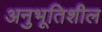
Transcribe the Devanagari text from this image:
अनुभूतिशील